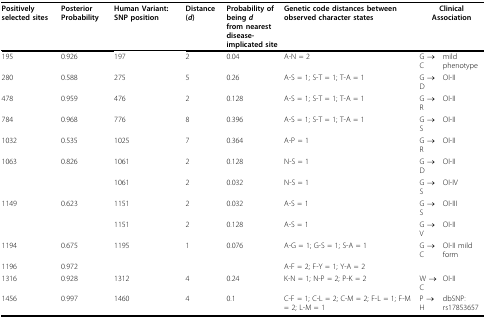
| Positively selected sites | Posterior Probability | Human Variant: SNP position | Distance (d) | Probability of being dfrom nearestdisease-implicated site | Genetic code distances between observed character states | <COLSPAN=2> Clinical Association |
 | --- | --- | --- | --- | --- | --- | --- | --- |
 | 195 | 0.926 | 197 | 2 | 0.04 | A-N = 2 | G → C | mild phenotype |
 | 280 | 0.588 | 275 | 5 | 0.26 | A-S = 1; S-T = 1; T-A = 1 | G → D | OI-II |
 | 478 | 0.959 | 476 | 2 | 0.128 | A-S = 1; S-T = 1; T-A = 1 | G → R | OI-II |
 | 784 | 0.968 | 776 | 8 | 0.396 | A-S = 1; S-T = 1; T-A = 1 | G → S | OI-II |
 | 1032 | 0.535 | 1025 | 7 | 0.364 | A-P = 1 | G → R | OI-II |
 | 1063 | 0.826 | 1061 | 2 | 0.128 | N-S = 1 | G → D | OI-II |
 |  |  | 1061 | 2 | 0.032 | N-S = 1 | G → S | OI-IV |
 | 1149 | 0.623 | 1151 | 2 | 0.032 | A-S = 1 | G → S | OI-III |
 |  |  | 1151 | 2 | 0.128 | A-S = 1 | G → V | OI-II |
 | 1194 | 0.675 | 1195 | 1 | 0.076 | A-G = 1; G-S = 1; S-A = 1 | G → C | OI-II mild form |
 | 1196 | 0.972 |  |  |  | A-F = 2; F-Y = 1; Y-A = 2 |  |  |
 | 1316 | 0.928 | 1312 | 4 | 0.24 | K-N = 1; N-P = 2; P-K = 2 | W → C | OI-II |
 | 1456 | 0.997 | 1460 | 4 | 0.1 | C-F = 1; C-L = 2; C-M = 2; F-L = 1; F-M = 2; L-M = 1 | P → H | dbSNP: rs17853657 |